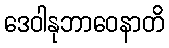
ဒေဝါနုဘာဝေနာတိ